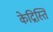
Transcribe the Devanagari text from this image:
केद्रिस्ति